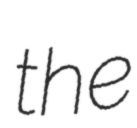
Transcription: the